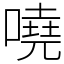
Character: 嘵